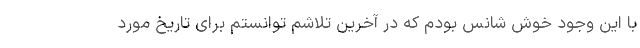
با این وجود خوش شانس بودم که در آخرین تلاشم توانستم برای تاریخ مورد